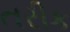
તરીક